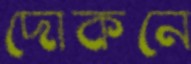
দোকনে